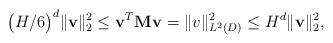
LaTeX: \begin{align*}\big(H/6\big)^{d} \|\mathbf{v} \|_{2}^2 \leq \mathbf{v}^T \mathbf{M} \mathbf{v} = \| v \|_{L^2(D)}^2 \leq H^d \|\mathbf{v} \|_{2}^2,\end{align*}